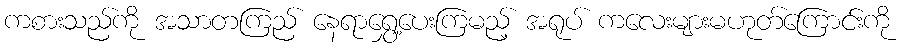
ကစားသည်ကို အသာတကြည် နေရာရွှေ့ပေးကြမည့် အရုပ် ကလေးများမဟုတ်ကြောင်းကို